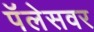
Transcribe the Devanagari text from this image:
पॅलेसवर